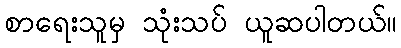
စာရေးသူမှ သုံးသပ် ယူဆပါတယ်။